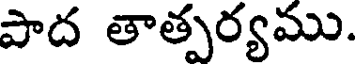
పాద తాత్పర్యము.